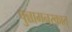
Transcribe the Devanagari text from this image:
पुन्नामनरकात्